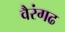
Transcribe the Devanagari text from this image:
वैरंगढ